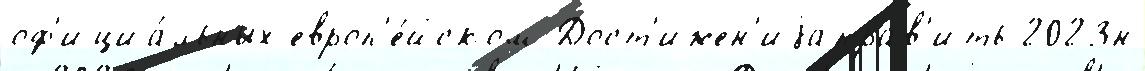
оф'ициа́льных европ'е́йском Дост'ижен'иjаправ'ить 2023н